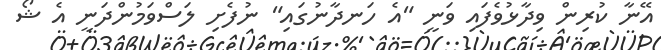
އޭނާ ކުރިން ވިދާޅުވެފައި ވަނީ "އެ ހަނދާނުގައި" ނުފެށި ލަސްވަމުންދަނީ އެ ޝޯ